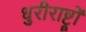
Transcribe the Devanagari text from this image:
धुरीराष्ट्रों